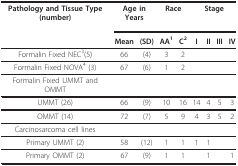
| Pathology and Tissue Type (number) | <COLSPAN=2> Age in Years | <COLSPAN=2> Race | <COLSPAN=4> Stage |
 |  | Mean | (SD) | AA1 | C2 | I | II | III | IV |
 | --- | --- | --- | --- | --- | --- | --- | --- | --- |
 | Formalin Fixed NEC3(5) | 66 | (4) | 3 | 2 |  |  |  |  |
 | Formalin Fixed NOVA4 (3) | 67 | (6) | 1 | 2 |  |  |  |  |
 | Formalin Fixed UMMT and OMMT |  |  |  |  |  |  |  |  |
 | UMMT (26) | 66 | (9) | 10 | 16 | 14 | 4 | 5 | 3 |
 | OMMT (14) | 72 | (7) | 5 | 9 | 4 | 3 | 5 | 2 |
 | Carcinosarcoma cell lines |  |  |  |  |  |  |  |  |
 | Primary UMMT (2) | 58 | (12) | 1 | 1 | 1 | 1 |  |  |
 | Primary OMMT (2) | 67 | (9) | 1 | 1 |  | 1 |  | 1 |